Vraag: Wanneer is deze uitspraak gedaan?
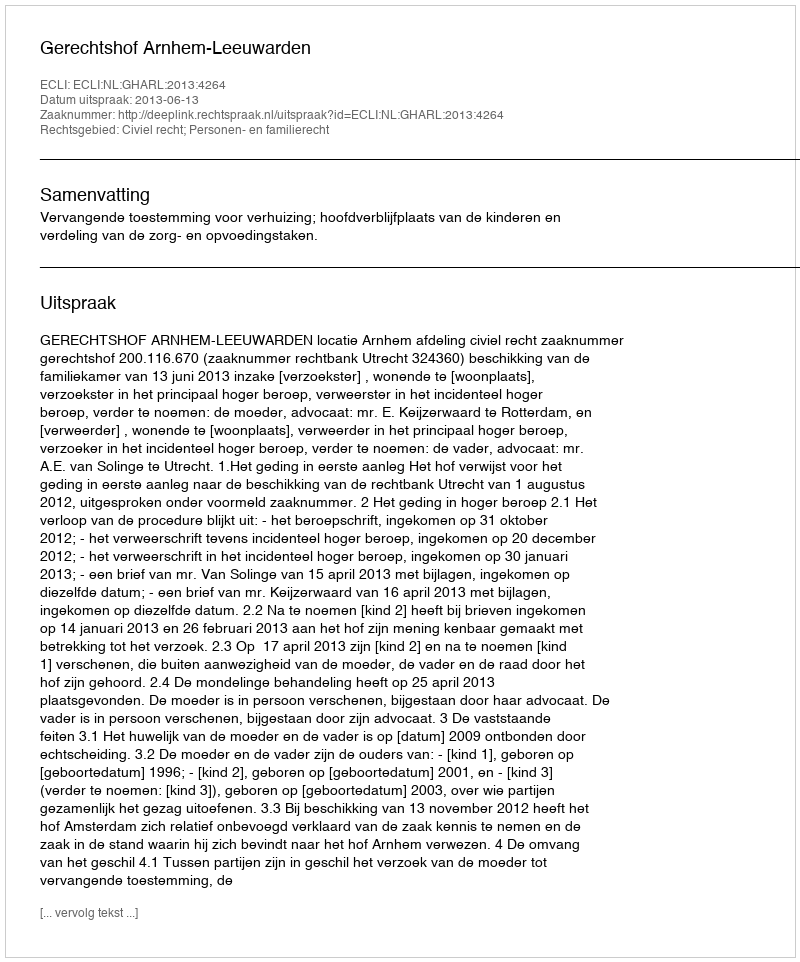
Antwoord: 2013-06-13